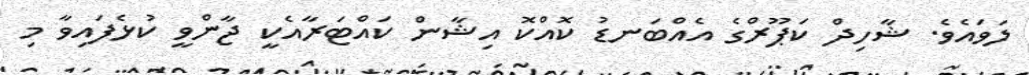
ލަވައެވެ. ޝާހިދް ކަޕޫރްގެ އެއްބަނޑު ކޮއްކޮ އިޝާން ކައްޓަރާއެކީ ޖާންވީ ކުޅެފައިވާ މި